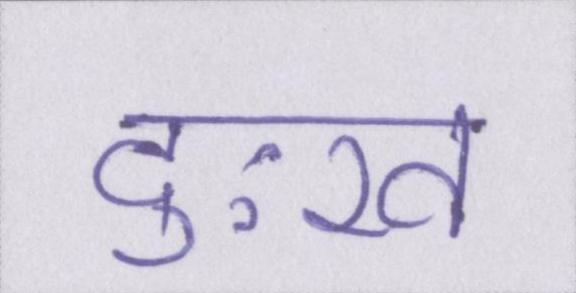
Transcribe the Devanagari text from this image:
दुःख